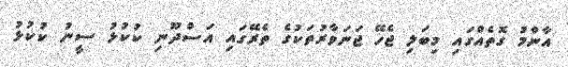
އާންމު ގޮތެއްގައި މިބަލި ޖެހޭ ޖަނަވާރުތަކުގެ ތެރޭގައި އަސްދޫނި ކުކުޅު ސީނު ކުކުޅު